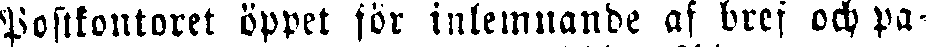
Postkontoret öppet för inlemnande af bref och pa-